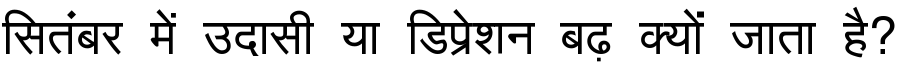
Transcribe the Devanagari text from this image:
सितंबर में उदासी या डिप्रेशन बढ़ क्यों जाता है?